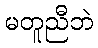
မတူညီဘဲ